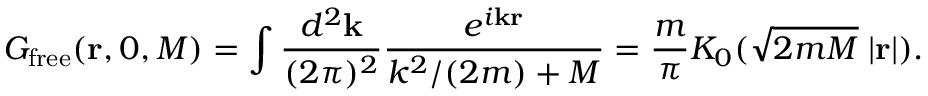
G _ { \mathrm { f r e e } } ( { \bf r } , 0 , M ) = \int \frac { d ^ { 2 } { \bf k } } { ( 2 \pi ) ^ { 2 } } \frac { e ^ { i { \bf k r } } } { k ^ { 2 } / ( 2 m ) + M } = \frac { m } { \pi } K _ { 0 } ( \sqrt { 2 m M } \; | { \bf r } | ) .